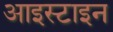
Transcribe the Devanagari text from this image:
आइस्टाइन